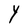
Character: Y